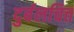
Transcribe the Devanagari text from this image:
दुर्बलचित्त